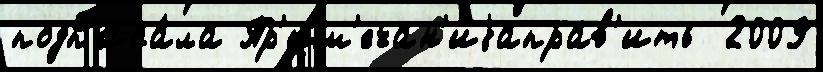
подп'иса́ла Пр'им'ечан'иjаправ'ить  2009